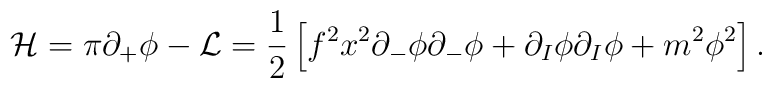
{\cal {H}}= \pi\partial_+\phi - {\cal {L}}={1\over2}\left[ f^2x^2\partial_-\phi\partial_-\phi + \partial_I\phi\partial_I\phi + m^2\phi^2 \right].